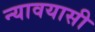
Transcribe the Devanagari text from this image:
न्यावयासी